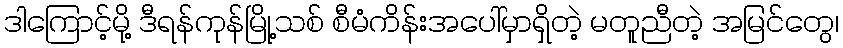
ဒါကြောင့်မို့ ဒီရန်ကုန်မြို့သစ် စီမံကိန်းအပေါ်မှာရှိတဲ့ မတူညီတဲ့ အမြင်တွေ၊